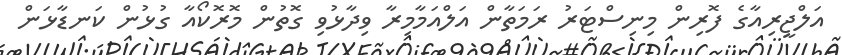
އަލްޖީރިއާގެ ފޮރިން މިނިސްޓަރު ރަމަތާން އަލްއަމާމިރާ ވިދާޅުވި ގޮތުން މޮރޮކޯއާ ގުޅުން ކަނޑާޅަން